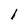
Character: 1